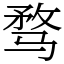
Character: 骛